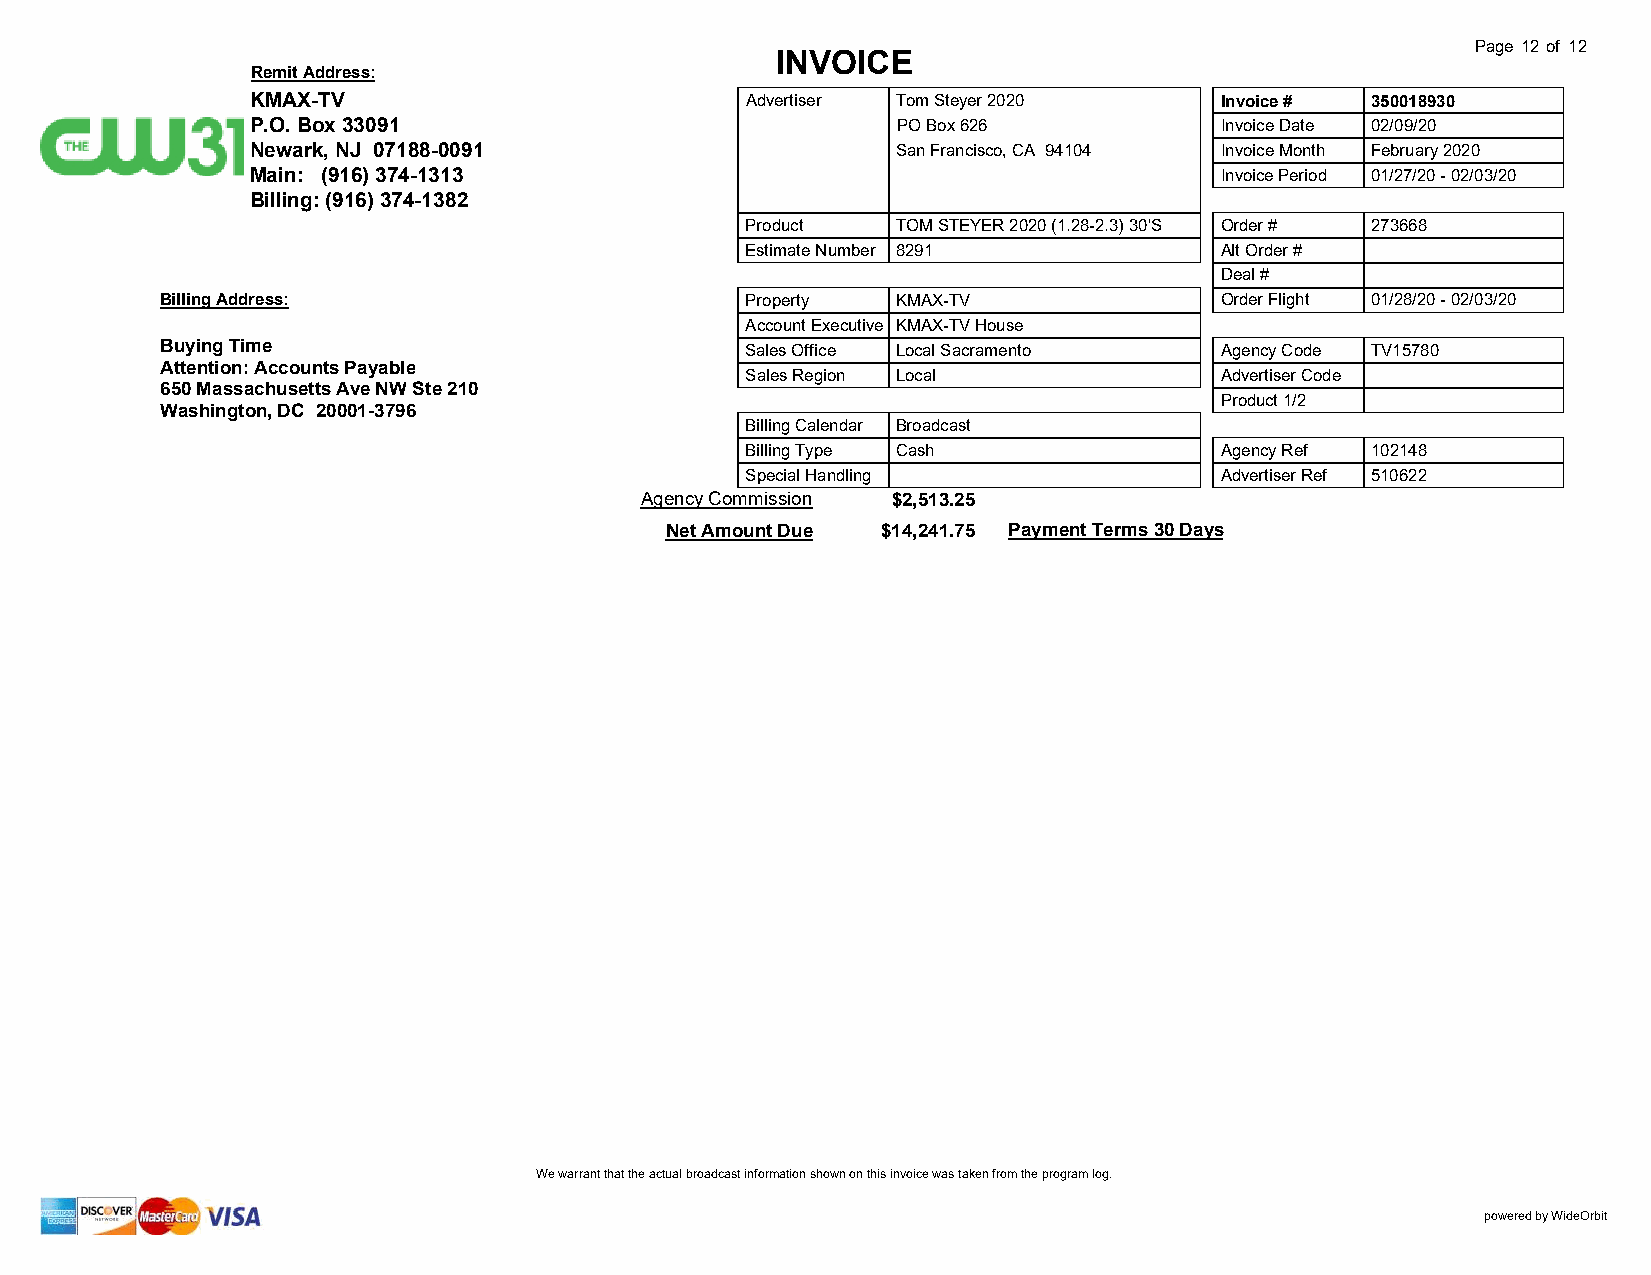
Page 12 of 12
 INVOICE
 Remit Address:
 KMAX-TV                         Advertiser Tom Steyer 2020      Invoice # 350018930
 P.O. Box 33091                            PO Box 626            Invoice Date 02/09/20
 Newark, NJ 07188-0091                     San Francisco, CA 94104 Invoice Month February 2020
 Main: (916) 374-1313                                            Invoice Period 01/27/20 - 02/03/20
 Billing: (916) 374-1382
 Product   TOM STEYER 2020 (1.28-2.3) 30'S Order # 273668
 Estimate Number 8291            Alt Order #
 Deal #
 Billing Address:                      Property  KMAX-TV               Order Flight 01/28/20 - 02/03/20
 Account Executive KMAX-TV House
 Buying Time                           Sales Office Local Sacramento   Agency Code TV15780
 Attention: Accounts Payable
 Sales Region Local              Advertiser Code
 650 Massachusetts Ave NW Ste 210
 Product 1/2
 Washington, DC 20001-3796
 Billing Calendar Broadcast
 Billing Type Cash               Agency Ref 102148
 Special Handling                Advertiser Ref 510622
 Agency Commission $2,513.25
 Net Amount Due $14,241.75 Payment Terms 30 Days
 We warrant that the actual broadcast information shown on this invoice was taken from the program log.
 powered by WideOrbit